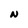
Character: N